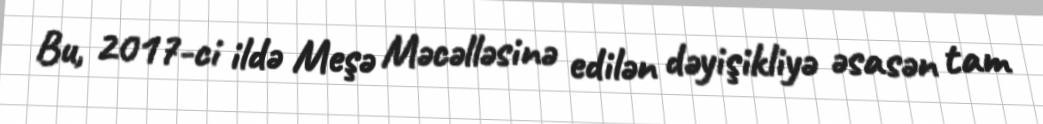
Bu, 2017-ci ildə Meşə Məcəlləsinə edilən dəyişikliyə əsasən tam